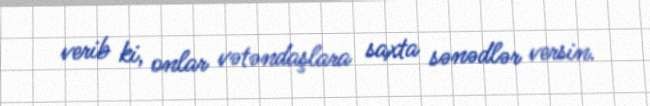
verib ki, onlar vətəndaşlara saxta sənədlər versin.